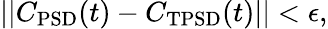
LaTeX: ||C_{\mathrm{PSD}}(t)-C_{\mathrm{TPSD}}(t)||<\epsilon,